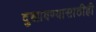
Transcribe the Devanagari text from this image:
दुखावण्यासाठीही